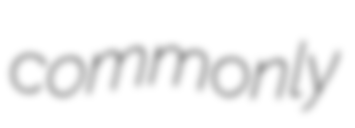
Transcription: commonly